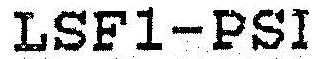
LSF1-PSI